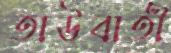
তাউবাতী